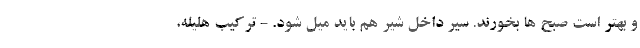
و بهتر است صبح ها بخورند. سیر داخل شیر هم باید میل شود. - ترکیب هلیله،